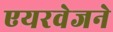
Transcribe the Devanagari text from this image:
एयरवेजने